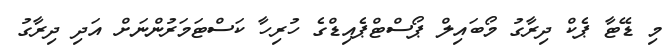
މި ޑޭޓާ ޕެކް ދިރާގު މޯބައިލް ޕޯސްޓްޕެއިޑްގެ ހުރިހާ ކަސްޓަމަރުންނަށް އަދި ދިރާގު